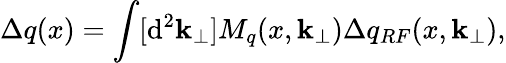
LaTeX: \Delta q(x)=\int[{\mathrm d}^{2}{\mathbf k}_{\perp}]M_{q}(x,{\mathbf k}_{\perp})\Delta q_{RF}(x,{\mathbf k}_{\perp}),